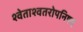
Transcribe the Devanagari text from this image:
श्वेताश्वतरोपनिषद